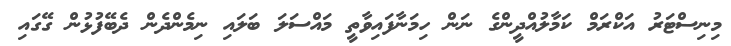
މިނިސްޓަރު އަކްރަމް ކަމާލުއްދީންގެ ނަން ހިމަނާފައިވާތީ މައްސަލަ ބަލައި ނިމެންދެން ދެބޭފުޅުން ގޭގައި